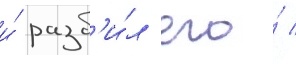
и́ разб'и́л его́ /